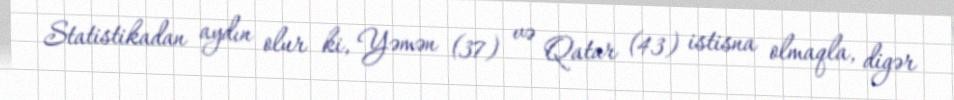
Statistikadan aydın olur ki, Yəmən (37) və Qatar (43) istisna olmaqla, digər